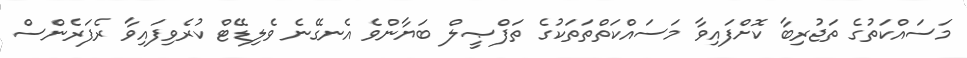
މަސައްކަތުގެ ތަޖުރިބާ ކޮށްފައިވާ މަސައްކަތްތަތަކުގެ ތަފްޞީލް ބަޔާންވެ އެނގޭނެ ވެލިޑޭޓް ކުރެވިފައިވާ ރެފަރެންސް